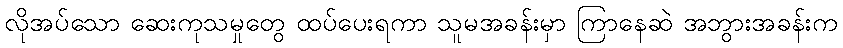
လိုအပ်သော ဆေးကုသမှုတွေ ထပ်ပေးရကာ သူမအခန်းမှာ ကြာနေဆဲ အဘွားအခန်းက